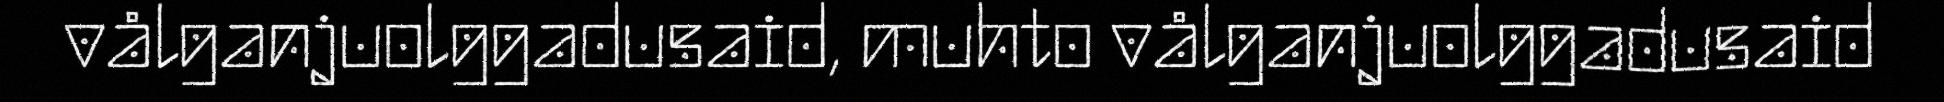
vålganjuolggadusaid, muhto vålganjuolggadusaid